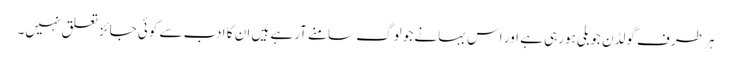
ہر طرف گولڈن جوبلی ہورہی ہے اور اس بہانے جو لوگ سامنے آرہے ہیں ان کا ادب سے کوئی جائز تعلق نہیں۔